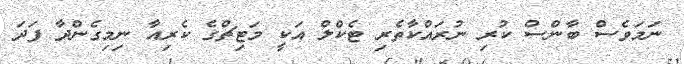
ނަމަވެސް ބާންސް ކުރި ނުރައްކާތެރި ޓެކްލް އަކީ މަޓިޗްގެ ކެރިއާ ނިމިގެންދާ ފަދަ